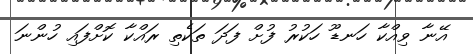
އޭނާ ވިއްކާ ހަނޑޫ ހަކުރު ފުށް ފަދަ ތަކެތި ރައްކާ ކޮށްފައި ހުންނަ